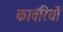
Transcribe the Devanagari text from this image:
कावंरियों